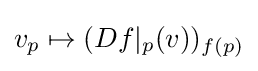
v_{p}\mapsto (Df|_{p}(v))_{f(p)}